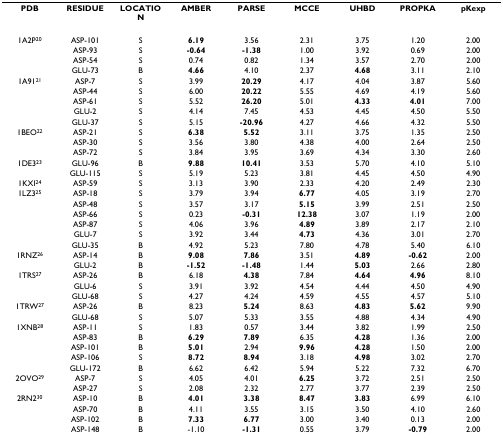
<table><thead><tr><td><b>PDB</b></td><td><b>RESIDUE</b></td><td><b>LOCATION</b></td><td><b>AMBER</b></td><td><b>PARSE</b></td><td><b>MCCE</b></td><td><b>UHBD</b></td><td><b>PROPKA</b></td><td><b>pKexp</b></td></tr></thead><tbody><tr><td>1A2P<sup>20</sup></td><td>ASP-101</td><td>S</td><td><b>6.19</b></td><td>3.56</td><td>2.31</td><td>3.75</td><td>1.20</td><td>2.00</td></tr><tr><td></td><td>ASP-93</td><td>S</td><td><b>-0.64</b></td><td><b>-1.38</b></td><td>1.00</td><td>3.92</td><td>0.69</td><td>2.00</td></tr><tr><td></td><td>ASP-54</td><td>S</td><td>0.74</td><td>0.82</td><td>1.34</td><td>3.57</td><td>2.70</td><td>2.00</td></tr><tr><td></td><td>GLU-73</td><td>B</td><td><b>4.66</b></td><td>4.10</td><td>2.37</td><td><b>4.68</b></td><td>3.11</td><td>2.10</td></tr><tr><td>1A91<sup>21</sup></td><td>ASP-7</td><td>S</td><td>3.99</td><td><b>20.29</b></td><td>4.17</td><td>4.04</td><td>3.87</td><td>5.60</td></tr><tr><td></td><td>ASP-44</td><td>S</td><td>6.00</td><td><b>20.22</b></td><td>5.55</td><td>4.69</td><td>4.19</td><td>5.60</td></tr><tr><td></td><td>ASP-61</td><td>S</td><td>5.52</td><td><b>26.20</b></td><td>5.01</td><td><b>4.33</b></td><td><b>4.01</b></td><td>7.00</td></tr><tr><td></td><td>GLU-2</td><td>S</td><td>4.14</td><td>7.45</td><td>4.53</td><td>4.45</td><td>4.50</td><td>5.50</td></tr><tr><td></td><td>GLU-37</td><td>S</td><td>5.15</td><td><b>-20.96</b></td><td>4.27</td><td>4.66</td><td>4.32</td><td>5.50</td></tr><tr><td>1BEO<sup>22</sup></td><td>ASP-21</td><td>S</td><td><b>6.38</b></td><td><b>5.52</b></td><td>3.11</td><td>3.75</td><td>1.35</td><td>2.50</td></tr><tr><td></td><td>ASP-30</td><td>S</td><td>3.56</td><td>3.80</td><td>4.38</td><td>4.00</td><td>2.64</td><td>2.50</td></tr><tr><td></td><td>ASP-72</td><td>S</td><td>3.84</td><td>3.95</td><td>3.69</td><td>4.34</td><td>3.30</td><td>2.60</td></tr><tr><td>1DE3<sup>23</sup></td><td>GLU-96</td><td>B</td><td><b>9.88</b></td><td><b>10.41</b></td><td>3.53</td><td>5.70</td><td>4.10</td><td>5.10</td></tr><tr><td></td><td>GLU-115</td><td>S</td><td>5.19</td><td>5.23</td><td>3.81</td><td>4.45</td><td>4.50</td><td>4.90</td></tr><tr><td>1KXI<sup>24</sup></td><td>ASP-59</td><td>S</td><td>3.13</td><td>3.90</td><td>2.33</td><td>4.20</td><td>2.49</td><td>2.30</td></tr><tr><td>1LZ3<sup>25</sup></td><td>ASP-18</td><td>S</td><td>3.79</td><td>3.94</td><td><b>6.77</b></td><td>4.05</td><td>3.19</td><td>2.70</td></tr><tr><td></td><td>ASP-48</td><td>S</td><td>3.57</td><td>3.17</td><td><b>5.15</b></td><td>3.99</td><td>2.51</td><td>2.50</td></tr><tr><td></td><td>ASP-66</td><td>S</td><td>0.23</td><td><b>-0.31</b></td><td><b>12.38</b></td><td>3.07</td><td>1.19</td><td>2.00</td></tr><tr><td></td><td>ASP-87</td><td>S</td><td>4.06</td><td>3.96</td><td><b>4.89</b></td><td>3.89</td><td>2.17</td><td>2.10</td></tr><tr><td></td><td>GLU-7</td><td>S</td><td>3.92</td><td>3.44</td><td><b>4.73</b></td><td>4.36</td><td>3.01</td><td>2.70</td></tr><tr><td></td><td>GLU-35</td><td>B</td><td>4.92</td><td>5.23</td><td>7.80</td><td>4.78</td><td>5.40</td><td>6.10</td></tr><tr><td>1RNZ<sup>26</sup></td><td>ASP-14</td><td>B</td><td><b>9.08</b></td><td><b>7.86</b></td><td>3.51</td><td><b>4.89</b></td><td><b>-0.62</b></td><td>2.00</td></tr><tr><td></td><td>GLU-2</td><td>B</td><td><b>-1.52</b></td><td><b>-1.48</b></td><td>1.44</td><td><b>5.03</b></td><td>2.66</td><td>2.80</td></tr><tr><td>1TRS<sup>27</sup></td><td>ASP-26</td><td>B</td><td>6.18</td><td><b>4.38</b></td><td>7.84</td><td><b>4.64</b></td><td><b>4.96</b></td><td>8.10</td></tr><tr><td></td><td>GLU-6</td><td>S</td><td>3.91</td><td>3.92</td><td>4.54</td><td>4.44</td><td>4.50</td><td>4.90</td></tr><tr><td></td><td>GLU-68</td><td>S</td><td>4.27</td><td>4.24</td><td>4.59</td><td>4.55</td><td>4.57</td><td>5.10</td></tr><tr><td>1TRW<sup>27</sup></td><td>ASP-26</td><td>B</td><td>8.23</td><td><b>5.24</b></td><td>8.63</td><td><b>4.83</b></td><td><b>5.62</b></td><td>9.90</td></tr><tr><td></td><td>GLU-68</td><td>S</td><td>5.07</td><td>5.33</td><td>3.55</td><td>4.88</td><td>4.34</td><td>4.90</td></tr><tr><td>1XNB<sup>28</sup></td><td>ASP-11</td><td>S</td><td>1.83</td><td>0.57</td><td>3.44</td><td>3.82</td><td>1.99</td><td>2.50</td></tr><tr><td></td><td>ASP-83</td><td>B</td><td><b>6.29</b></td><td><b>7.89</b></td><td>6.35</td><td><b>4.28</b></td><td>1.36</td><td>2.00</td></tr><tr><td></td><td>ASP-101</td><td>B</td><td><b>5.01</b></td><td>2.94</td><td><b>9.96</b></td><td><b>4.28</b></td><td>1.50</td><td>2.00</td></tr><tr><td></td><td>ASP-106</td><td>S</td><td><b>8.72</b></td><td><b>8.94</b></td><td>3.18</td><td><b>4.98</b></td><td>3.02</td><td>2.70</td></tr><tr><td></td><td>GLU-172</td><td>B</td><td>6.62</td><td>6.42</td><td>5.94</td><td>5.22</td><td>7.32</td><td>6.70</td></tr><tr><td>2OVO<sup>29</sup></td><td>ASP-7</td><td>S</td><td>4.05</td><td>4.01</td><td><b>6.25</b></td><td>3.72</td><td>2.51</td><td>2.50</td></tr><tr><td></td><td>ASP-27</td><td>S</td><td>2.08</td><td>2.32</td><td>2.77</td><td>3.77</td><td>2.39</td><td>2.50</td></tr><tr><td>2RN2<sup>30</sup></td><td>ASP-10</td><td>B</td><td><b>4.01</b></td><td><b>3.38</b></td><td><b>8.47</b></td><td><b>3.83</b></td><td>6.99</td><td>6.10</td></tr><tr><td></td><td>ASP-70</td><td>B</td><td>4.11</td><td>3.55</td><td>3.15</td><td>3.50</td><td>4.10</td><td>2.60</td></tr><tr><td></td><td>ASP-102</td><td>B</td><td><b>7.33</b></td><td><b>6.77</b></td><td>3.00</td><td>3.40</td><td>0.13</td><td>2.00</td></tr><tr><td></td><td>ASP-148</td><td>B</td><td>-1.10</td><td><b>-1.31</b></td><td>0.55</td><td>3.79</td><td><b>-0.79</b></td><td>2.00</td></tr></tbody></table>